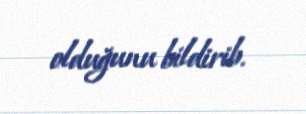
olduğunu bildirib.